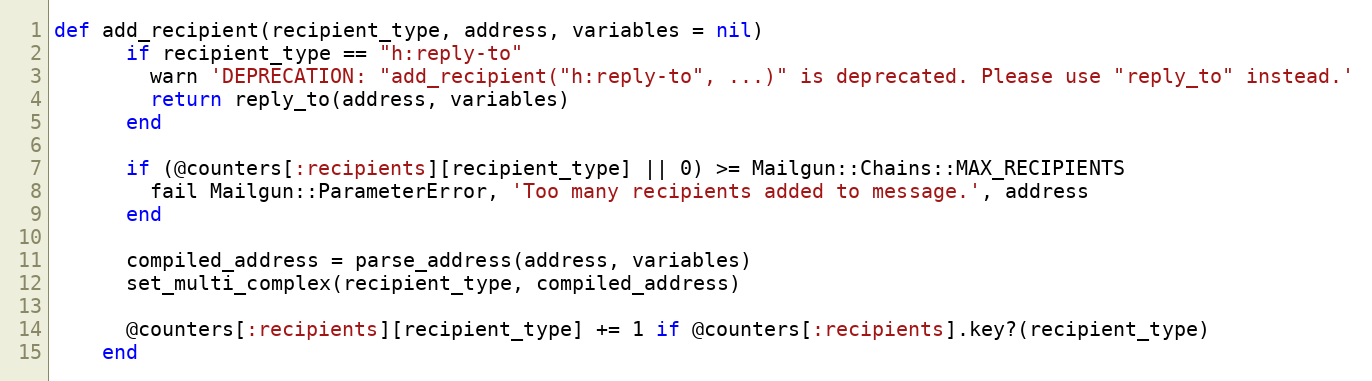
Language: Ruby
def add_recipient(recipient_type, address, variables = nil)
      if recipient_type == "h:reply-to"
        warn 'DEPRECATION: "add_recipient("h:reply-to", ...)" is deprecated. Please use "reply_to" instead.'
        return reply_to(address, variables)
      end

      if (@counters[:recipients][recipient_type] || 0) >= Mailgun::Chains::MAX_RECIPIENTS
        fail Mailgun::ParameterError, 'Too many recipients added to message.', address
      end

      compiled_address = parse_address(address, variables)
      set_multi_complex(recipient_type, compiled_address)

      @counters[:recipients][recipient_type] += 1 if @counters[:recipients].key?(recipient_type)
    end